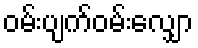
ဝမ်းပျက်ဝမ်းလျှော